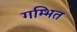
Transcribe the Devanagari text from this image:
गम्भित